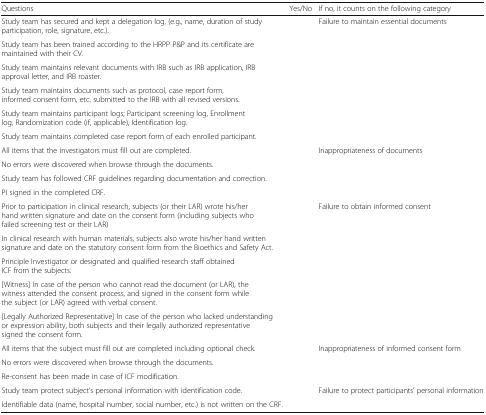
| Questions | Yes/No | If no, it counts on the following category |
 | --- | --- | --- |
 | Study team has secured and kept a delegation log. (e.g., name, duration of study participation, role, signature, etc.). |  | <ROWSPAN=6> Failure to maintain essential documents |
 | Study team has been trained according to the HRPP P&P and its certificate are maintained with their CV. |  |
 | Study team maintains relevant documents with IRB such as IRB application, IRB approval letter, and IRB roaster. |  |
 | Study team maintains documents such as protocol, case report form, informed consent form, etc. submitted to the IRB with all revised versions. |  |
 | Study team maintains participant logs; Participant screening log, Enrollment log, Randomization code (if, applicable), Identification log. |  |
 | Study team maintains completed case report form of each enrolled participant. |  |
 | All items that the investigators must fill out are completed. |  | <ROWSPAN=4> Inappropriateness of documents |
 | No errors were discovered when browse through the documents. |  |
 | Study team has followed CRF guidelines regarding documentation and correction. |  |
 | PI signed in the completed CRF. |  |
 | Prior to participation in clinical research, subjects (or their LAR) wrote his/her hand written signature and date on the consent form (including subjects who failed screening test or their LAR) |  | <ROWSPAN=5> Failure to obtain informed consent |
 | In clinical research with human materials, subjects also wrote his/her hand written signature and date on the statutory consent form from the Bioethics and Safety Act. |  |
 | Principle Investigator or designated and qualified research staff obtained ICF from the subjects. |  |
 | [Witness] In case of the person who cannot read the document (or LAR), the witness attended the consent process, and signed in the consent form while the subject (or LAR) agreed with verbal consent. |  |
 | [Legally Authorized Representative] In case of the person who lacked understanding or expression ability, both subjects and their legally authorized representative signed the consent form. |  |
 | All items that the subject must fill out are completed including optional check. |  | <ROWSPAN=3> Inappropriateness of informed consent form |
 | No errors were discovered when browse through the documents. |  |
 | Re-consent has been made in case of ICF modification. |  |
 | Study team protect subject’s personal information with identification code. |  | <ROWSPAN=2> Failure to protect participants’ personal information |
 | Identifiable data (name, hospital number, social number, etc.) is not written on the CRF. |  |